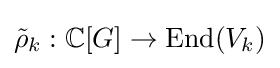
{\tilde {\rho }}_{k}:\mathbb {C} [G]\to \mathrm {End} (V_{k})